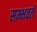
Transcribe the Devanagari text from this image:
सम्भवते